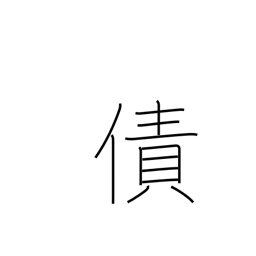
Meaning: debt